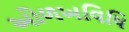
ઓળખવિધિ